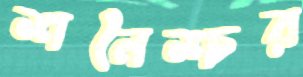
শনৈশ্চর